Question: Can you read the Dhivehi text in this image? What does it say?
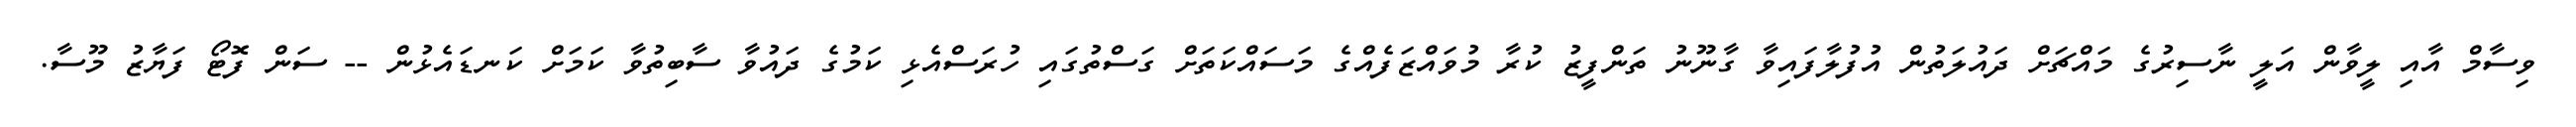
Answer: ވިސާމް އާއި ލީވާން އަލީ ނާސިރުގެ މައްޗަށް ދައުލަތުން އުފުލާފައިވާ ގާނޫނު ތަންފީޒު ކުރާ މުވައްޒަފެއްގެ މަސައްކަތަށް ގަސްތުގައި ހުރަސްއެޅި ކަމުގެ ދައުވާ ސާބިތުވާ ކަމަށް ކަނޑައެޅުން -- ސަން ފޮޓޯ ފަޔާޒު މޫސާ.